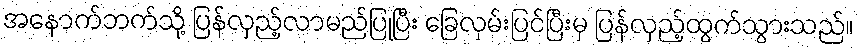
အနောက်ဘက်သို့ ပြန်လှည့်လာမည်ပြုပြီး ခြေလှမ်းပြင်ပြီးမှ ပြန်လှည့်ထွက်သွားသည်။